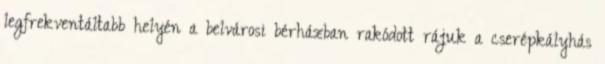
legfrekventáltabb helyén a belvárosi bérházban rakódott rájuk a cserépkályhás